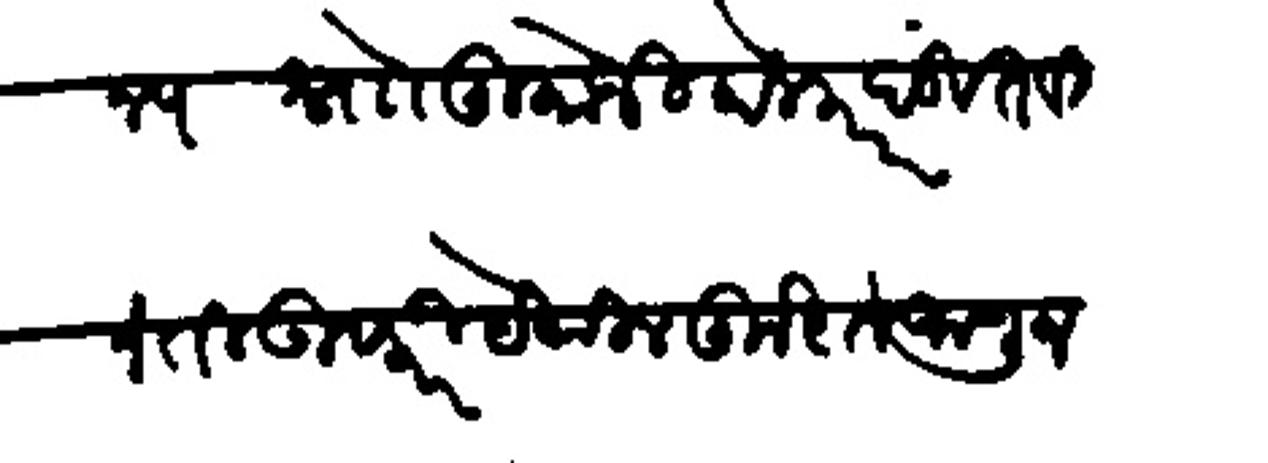
Transliteration (Devanagari): राजमान्य नोा तुकोजी होलकर दंडबत विनंती उपरि येथील कुशल जाणून